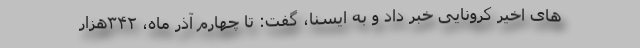
های اخیر کرونایی خبر داد و به ایسنا، گفت: تا چهارم آذر ماه، ۳۴۲هزار